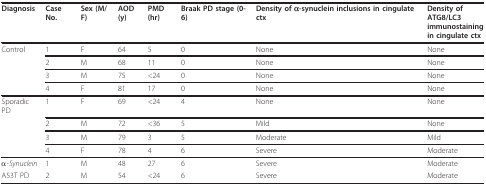
<table><thead><tr><td><b>Diagnosis</b></td><td><b>Case No.</b></td><td><b>Sex (M/F)</b></td><td><b>AOD(y)</b></td><td><b>PMD(hr)</b></td><td><b>Braak PD stage (0-6)</b></td><td><b>Density of α-synuclein inclusions in cingulate ctx</b></td><td><b>Density ofATG8/LC3immunostainingin cingulate ctx</b></td></tr></thead><tbody><tr><td>Control</td><td>1</td><td>F</td><td>64</td><td>5</td><td>0</td><td>None</td><td>None</td></tr><tr><td></td><td>2</td><td>M</td><td>68</td><td>11</td><td>0</td><td>None</td><td>None</td></tr><tr><td></td><td>3</td><td>M</td><td>75</td><td>&lt;24</td><td>0</td><td>None</td><td>None</td></tr><tr><td></td><td>4</td><td>F</td><td>81</td><td>17</td><td>0</td><td>None</td><td>None</td></tr><tr><td>Sporadic PD</td><td>1</td><td>F</td><td>69</td><td>&lt;24</td><td>4</td><td>None</td><td>None</td></tr><tr><td></td><td>2</td><td>M</td><td>72</td><td>&lt;36</td><td>5</td><td>Mild</td><td>None</td></tr><tr><td></td><td>3</td><td>M</td><td>79</td><td>3</td><td>5</td><td>Moderate</td><td>Mild</td></tr><tr><td></td><td>4</td><td>F</td><td>78</td><td>4</td><td>6</td><td>Severe</td><td>Moderate</td></tr><tr><td>α-<i>Synuclein</i></td><td>1</td><td>M</td><td>48</td><td>27</td><td>6</td><td>Severe</td><td>Moderate</td></tr><tr><td>A53T PD</td><td>2</td><td>M</td><td>54</td><td>&lt;24</td><td>6</td><td>Severe</td><td>Moderate</td></tr></tbody></table>